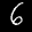
Label: 6